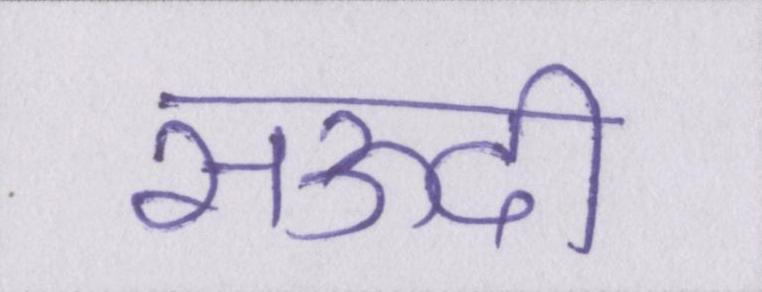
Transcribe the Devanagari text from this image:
सऊदी